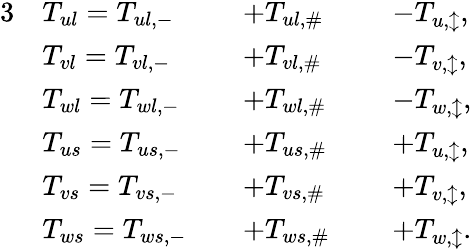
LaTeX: \begin{array}{rlrlrl}{{3}}&{T_{ul}=T_{ul,-}}&&{+T_{ul,\# }}&&{\: -T_{u,\updownarrow},}\\ &{T_{vl}=T_{vl,-}}&&{+T_{vl,\# }}&&{\: -T_{v,\updownarrow},}\\ &{T_{wl}=T_{wl,-}}&&{+T_{wl,\# }}&&{\: -T_{w,\updownarrow},}\\ &{T_{us}=T_{us,-}}&&{+T_{us,\# }}&&{\: +T_{u,\updownarrow},}\\ &{T_{vs}=T_{vs,-}}&&{+T_{vs,\# }}&&{\: +T_{v,\updownarrow},}\\ &{T_{ws}=T_{ws,-}}&&{+T_{ws,\# }}&&{\: +T_{w,\updownarrow}.}\end{array}